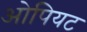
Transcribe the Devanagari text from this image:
ओपियट